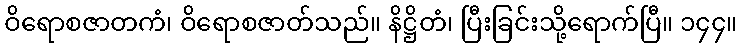
ဝိရောစဇာတကံ၊ ဝိရောစဇာတ်သည်။ နိဋ္ဌိတံ၊ ပြီးခြင်းသို့ရောက်ပြီ။ ၁၄၄။